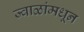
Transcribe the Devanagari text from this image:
ज्वाळांमधून